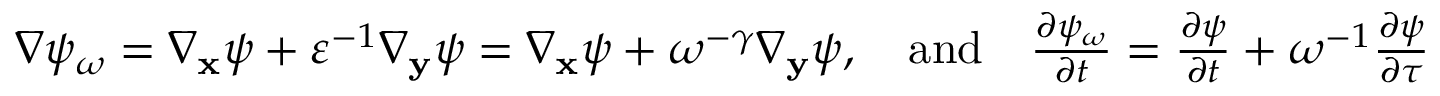
\begin{array} { r } { \nabla \psi _ { \omega } = \nabla _ { \mathbf x } \psi + \varepsilon ^ { - 1 } \nabla _ { \mathbf y } \psi = \nabla _ { \mathbf x } \psi + \omega ^ { - \gamma } \nabla _ { \mathbf y } \psi , \quad \mathrm { a n d } \quad \frac { \partial \psi _ { \omega } } { \partial t } = \frac { \partial \psi } { \partial t } + \omega ^ { - 1 } \frac { \partial \psi } { \partial \tau } } \end{array}